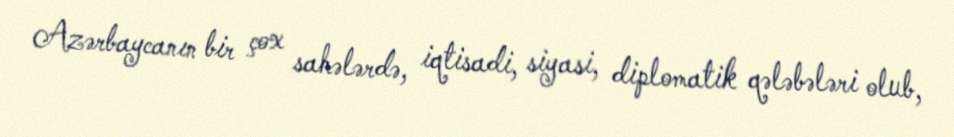
Azərbaycanın bir çox sahələrdə, iqtisadi, siyasi, diplomatik qələbələri olub,